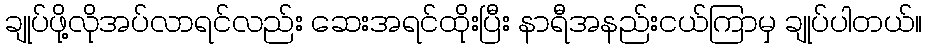
ချုပ်ဖို့လိုအပ်လာရင်လည်း ဆေးအရင်ထိုးပြီး နာရီအနည်းငယ်ကြာမှ ချုပ်ပါတယ်။